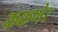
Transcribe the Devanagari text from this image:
ककणेर